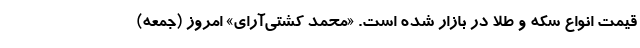
قیمت انواع سکه و طلا در بازار شده است. «محمد کشتی‌آرای» امروز (جمعه)